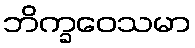
ဘိက္ခဝေသမာ